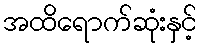
အထိရောက်ဆုံးနှင့်